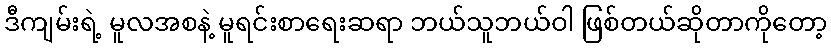
ဒီကျမ်းရဲ့ မူလအစနဲ့ မူရင်းစာရေးဆရာ ဘယ်သူဘယ်ဝါ ဖြစ်တယ်ဆိုတာကိုတော့